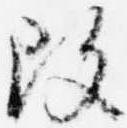
改